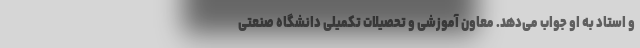
و استاد به او جواب می‌دهد. معاون آموزشی و تحصیلات تکمیلی دانشگاه صنعتی